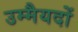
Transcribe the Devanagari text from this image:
उम्मैयदों